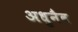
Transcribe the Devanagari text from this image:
अधुनैव